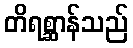
တိရစ္ဆာန်သည်